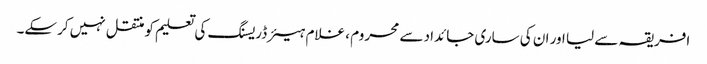
افریقہ سے لیا اور ان کی ساری جائداد سے محروم ، غلام ہیئر ڈریسنگ کی تعلیم کو منتقل نہیں کرسکے۔